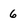
Character: 6